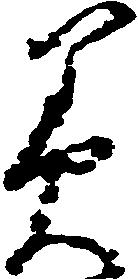
美